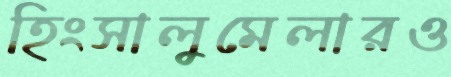
হিংসালুমেলারও